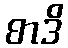
စာဒိ